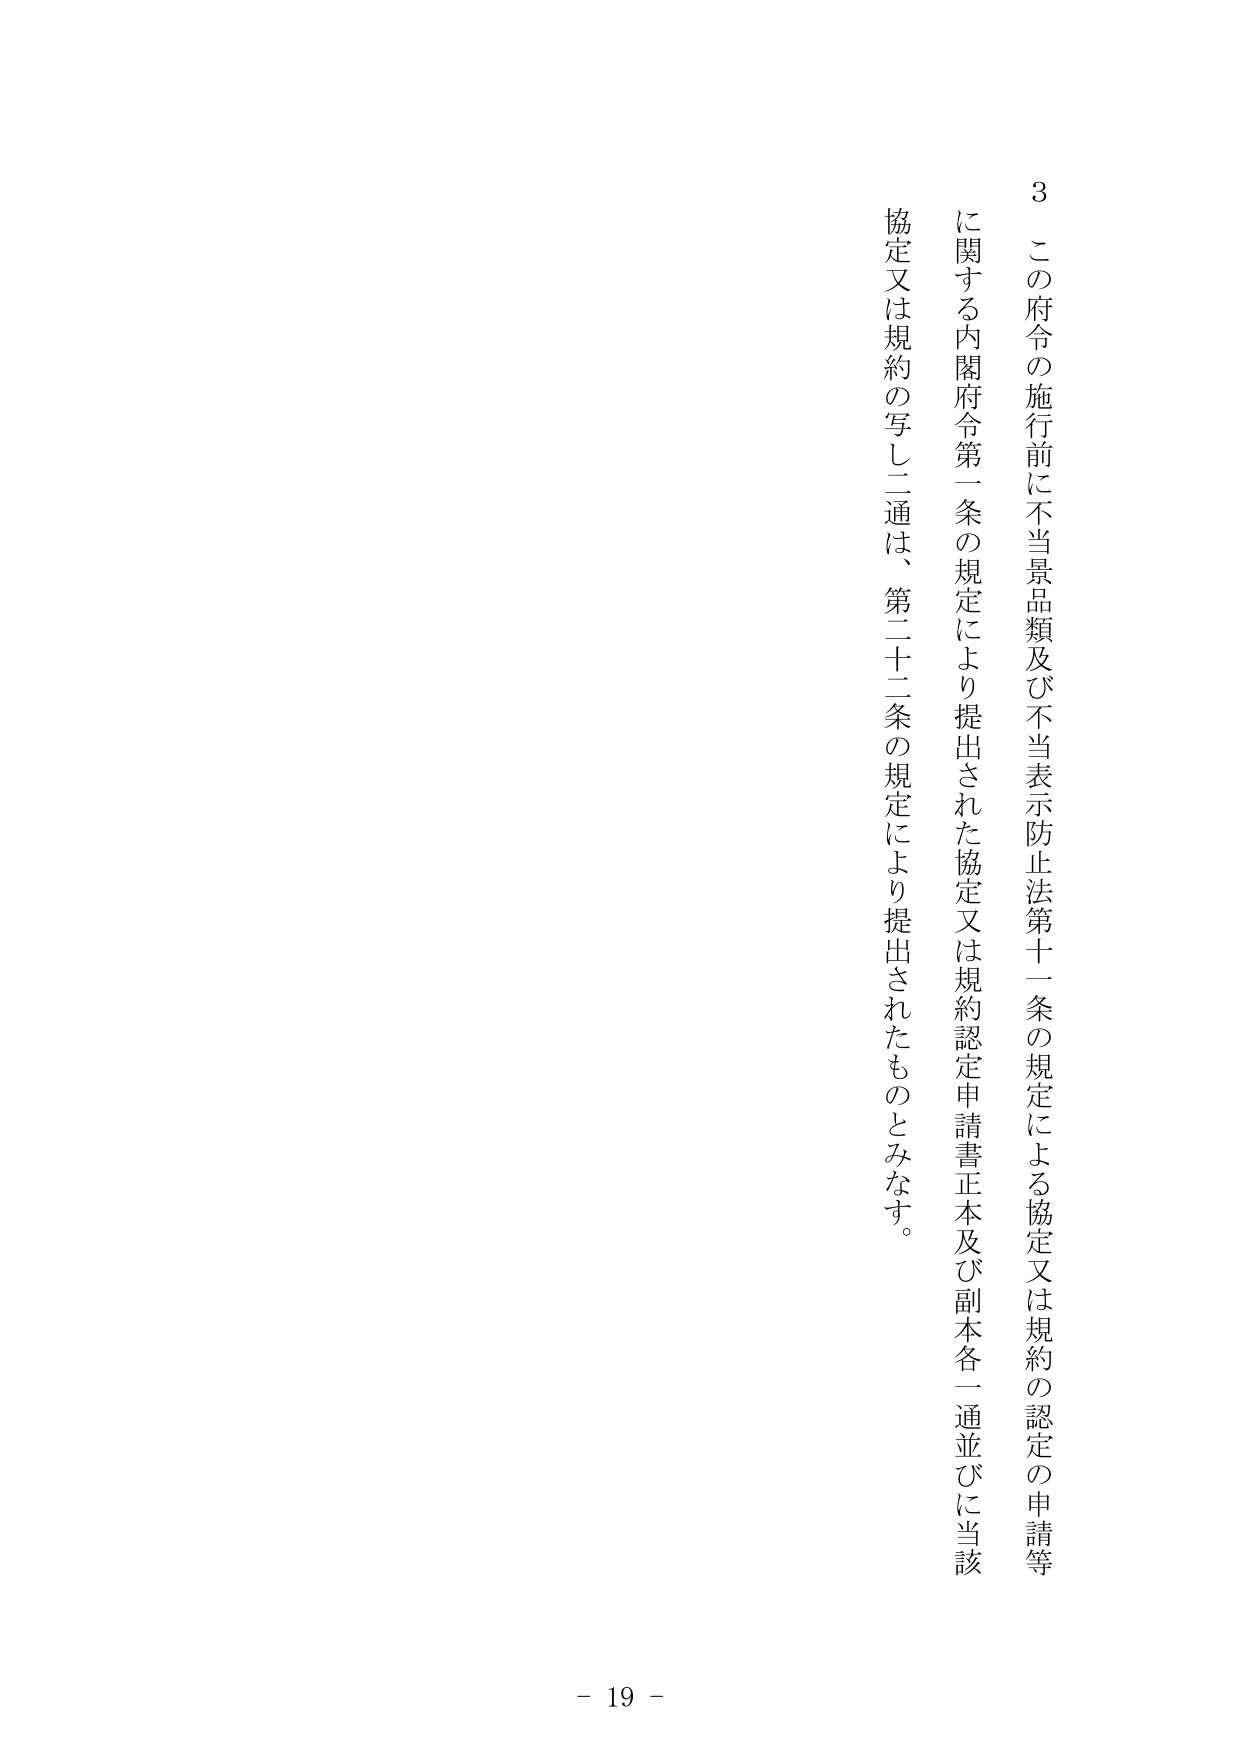
3 この府令の施行前に不当景品類及び不当表示防止法第十一条の規定による協定又は規約の認定の申請等に関する内閣府令第一条の規定により提出された協定又は規約認定申請書正本及び副本各一通並びに当該協定又は規約の写し二通は、第二十二条の規定により提出されたものとみなす。

- 19 -